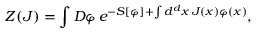
Z ( J ) = \int D \varphi \, e ^ { - S [ \varphi ] + \int d ^ { d } x \, J ( x ) \varphi ( x ) } ,